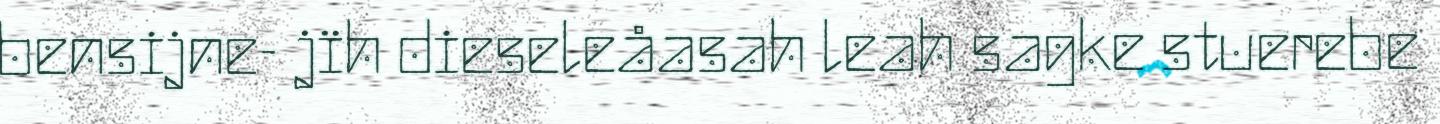
bensijne- jïh dieseleåasah leah sagke stuerebe